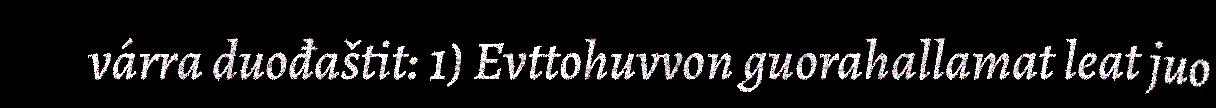
várra duođaštit: 1) Evttohuvvon guorahallamat leat juo